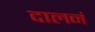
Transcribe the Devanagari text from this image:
दालनं